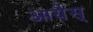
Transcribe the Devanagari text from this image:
आर्येस्